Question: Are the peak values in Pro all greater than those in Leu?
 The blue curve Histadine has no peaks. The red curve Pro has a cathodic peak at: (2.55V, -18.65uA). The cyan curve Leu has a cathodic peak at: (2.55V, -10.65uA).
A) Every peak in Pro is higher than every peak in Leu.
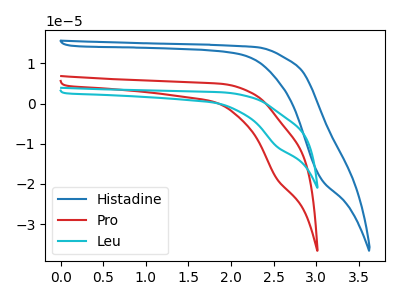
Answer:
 <answer>A) Every peak in "Pro" is higher than every peak in "Leu".</answer>
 <eval>A</eval>